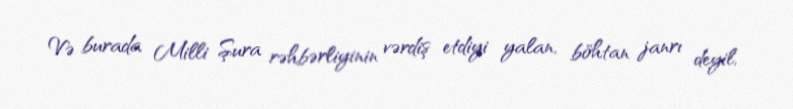
Və burada Milli Şura rəhbərliyinin vərdiş etdiyi yalan, böhtan janrı deyil,